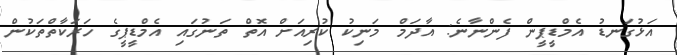
އަޅުގަނޑު އެމްޑީޕީން ފެންނާނެ: އާދަމް މަނިކު ކުރިއަށް އޮތް ތަނުގައި އެމްޑީޕީގެ ހަރަކާތްތަކުން